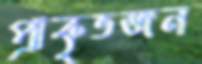
প্রাকৃতজন